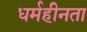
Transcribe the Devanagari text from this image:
धर्महीनता